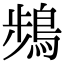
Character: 𫛄